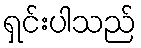
ရှင်းပါသည်